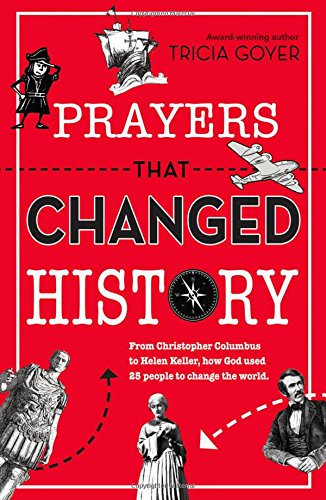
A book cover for Prayers That Changed History: From Christopher Columbus to Helen Keller, how God used 25 people to change the world; Tricia Goyer; Christian Books & Bibles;